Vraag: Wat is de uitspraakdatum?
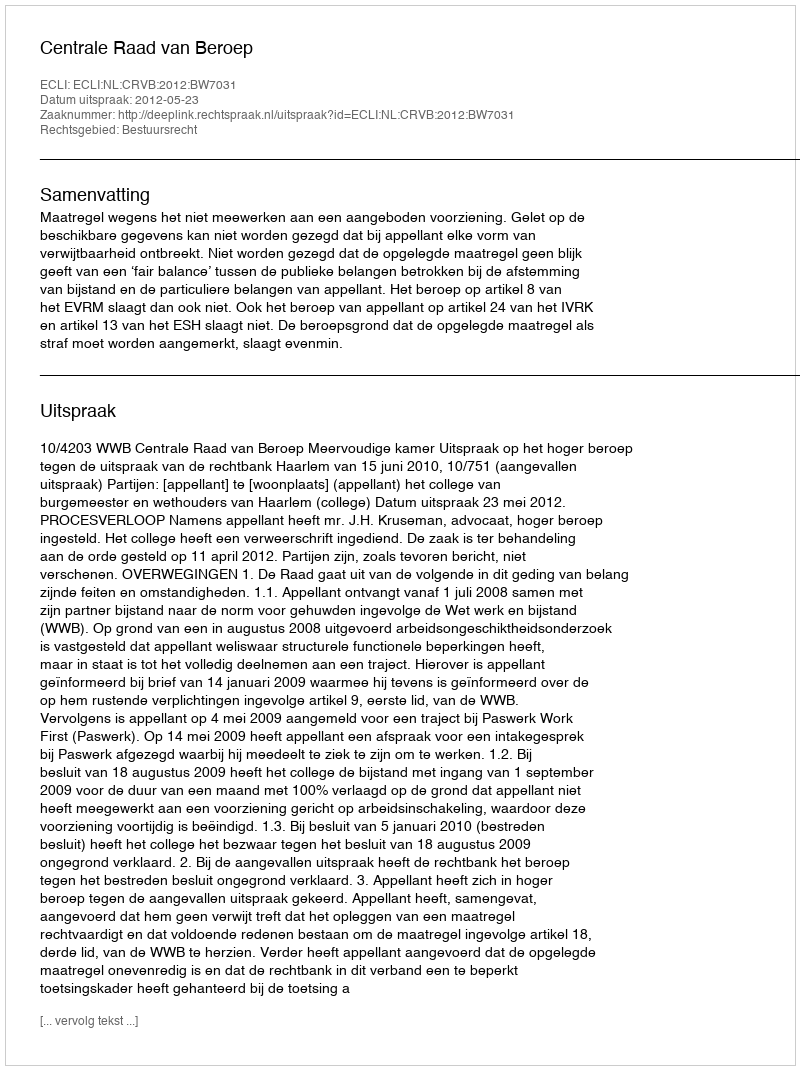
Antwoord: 2012-05-23